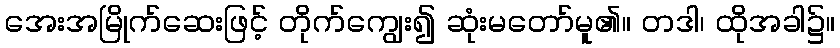
အေးအမြိုက်ဆေးဖြင့် တိုက်ကျွေး၍ ဆုံးမတော်မူ၏။ တဒါ၊ ထိုအခါ၌။